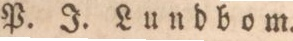
P. J. Lundbom.